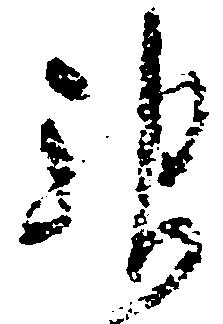
神